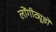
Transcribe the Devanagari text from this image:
लोंगीट्यूडों